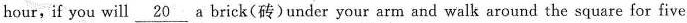
hour,if you will \underline{20} a brick(砖)under your arm and walk around the square for five